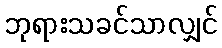
ဘုရားသခင်သာလျှင်